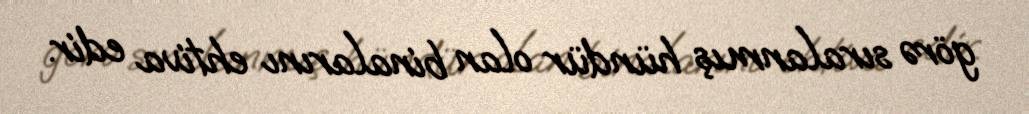
görə sıralanmış hündür olan binalarını ehtiva edir.